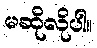
မဆိုလိုပါ။